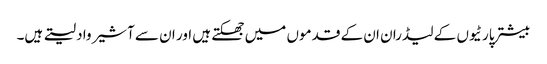
بیشتر پارٹیوں کے لیڈران ان کے قدموں میں جھکتے ہیں اور ان سے آشیرواد لیتے ہیں۔